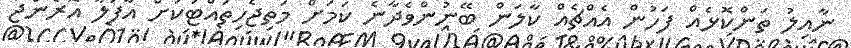
ނާއިލު ތަންކޮޅެއް ފަހުން އެއްޗެއް ކާލަން ބޭނުންވެދާނެ ކަމަށް މަތިޖެހިތައްޓަކަށް އާފަލާ އޮރެންޖާ